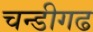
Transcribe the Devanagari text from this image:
चन्डीगढ